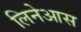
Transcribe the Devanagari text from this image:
लिनेआस